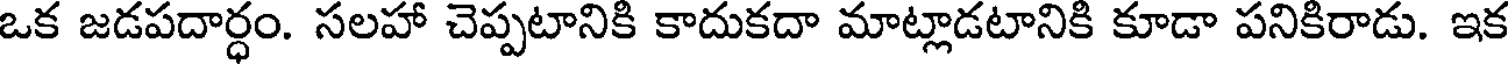
ఒక జడపదార్ధం. సలహా చెప్పటానికి కాదుకదా మాట్లాడటానికి కూడా పనికిరాడు. ఇక